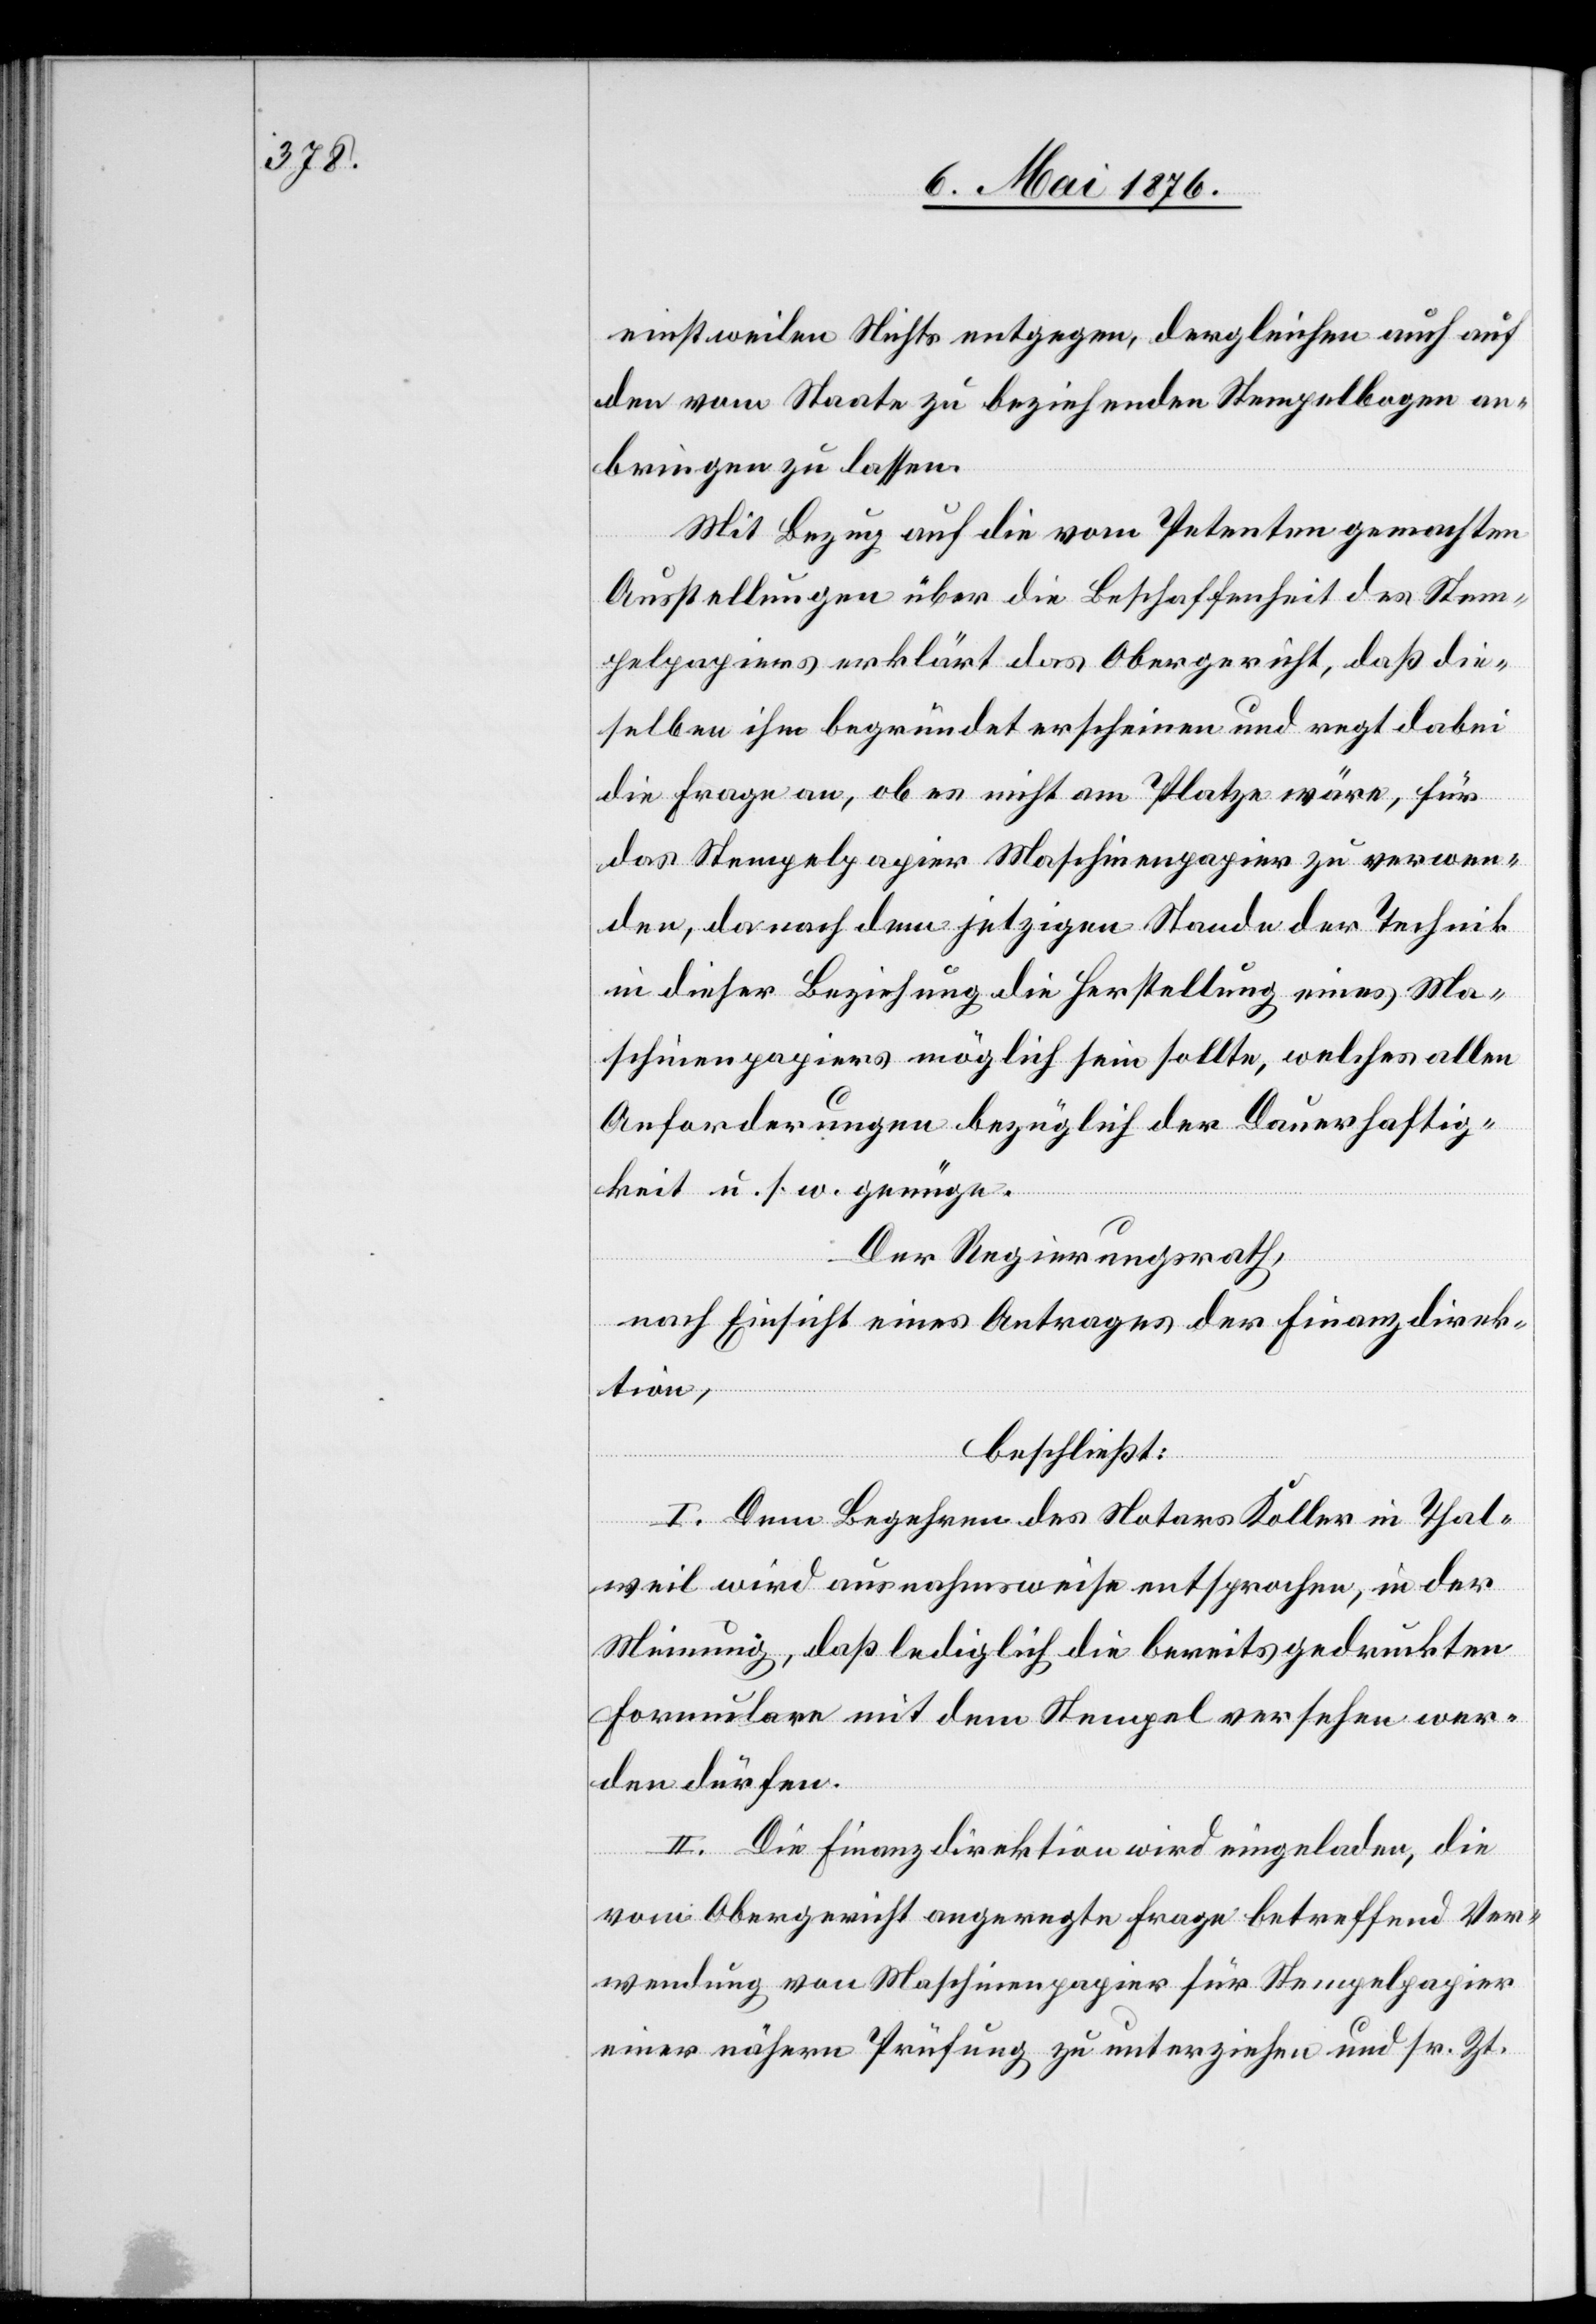
einstweilen Nichts entgegen, dergleichen auch auf
den vom Staate zu beziehenden Stempelbogen an¬
bringen zu lassen.
Mit Bezug auf die vom Petenten gemachten
Ausstellungen über die Beschaffenheit des Stem¬
pelpapiers erklärt das Obergericht, daß die¬
selben ihm begründet erscheinen und regt dabei
die Frage an, ob es nicht am Platze wäre, für
das Stempelpapier Maschinenpapier zu verwen¬
den, da nach dem jetzigen Stande der Technik
in dieser Beziehung die Herstellung eines Ma¬
schinenpapiers möglich sein sollte, welches allen
Anforderungen bezüglich der Dauerhaftig¬
keit u. s. w. genüge.
Der Regierungsrath,
nach Einsicht eines Antrages der Finanzdirek¬
tion,
beschließt:
I. Dem Begehren des Notars Koller in Thal¬
weil wird ausnahmsweise entsprochen, in der
Meinung, daß lediglich die bereits gedruckten
Formulare mit dem Stempel versehen wer¬
den dürfen.
II. Die Finanzdirektion wird eingeladen, die
vom Obergericht angeregte Frage betreffen Ver¬
wendung von Maschinenpapier für Stempelpapier
einer nähern Prüfung zu unterziehen und sr. Zt.